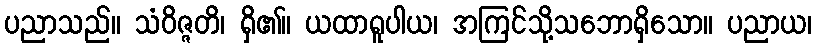
ပညာသည်။ သံဝိဇ္ဇတိ၊ ရှိ၏။ ယထာရူပါယ၊ အကြင်သို့သဘောရှိသော။ ပညာယ၊